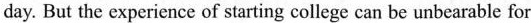
day. But the experience of starting college can be unbearable for